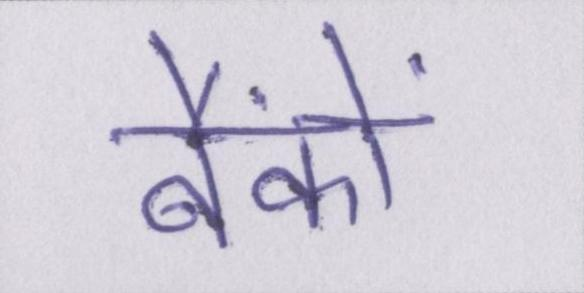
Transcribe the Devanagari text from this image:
बैंकों